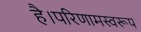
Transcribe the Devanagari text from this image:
है।परिणामस्वरूप